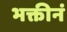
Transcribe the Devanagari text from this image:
भक्तीनं